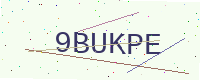
Text: 9BUKPE